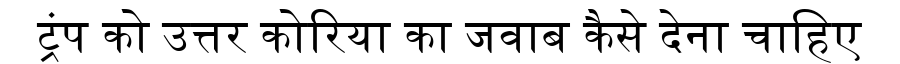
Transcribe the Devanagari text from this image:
ट्रंप को उत्तर कोरिया का जवाब कैसे देना चाहिए